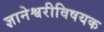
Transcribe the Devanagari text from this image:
ज्ञानेश्वरीविषयक